Civil Veterinary Dept. North-West Frontier Province 1923-32 - 1923-1932
Year: 1923
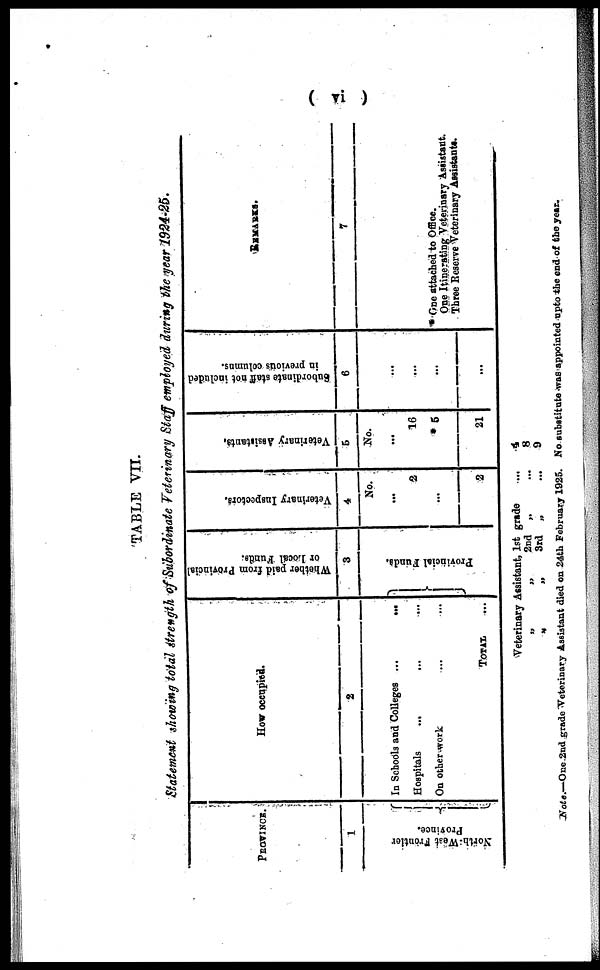
( vi )
TABLE VII.
Statement showing total strength of Subordinate Veterinary Staff employed during the year 1924-25.
PROVINCE.
1
North-West Frontier
Province.
{
How occupied.
2
In Schools and Colleges ...
...
Hospitals
...
...
On other work ... ...
TOTAL ...
Whether paid from Provincial
or Local Funds.
3
Provincial Funds.
Veterinary Inspectors.
4
No.
...
2
...
2
Veterinary Assistants.
5
No.
...
16
* 6
21
Subordinate staff not included
in previous columns.
6
...
...
...
...
REMARKS.
7
* One attached to Office.
One Itinerating Veterinary Assistant.
Three Reserve Veterinary Assistants.
Veterinary Assistant, 1st grade
„
„
2nd
„
„
„
3rd
„
... 4
... 8
... 9
Note.—One 2nd grade Veterinary Assistant died on 24th February 1925. No substitute was appointed upto the end of the year.